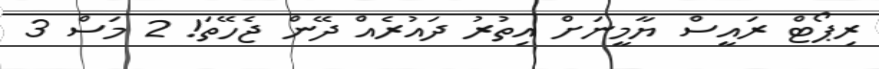
ރިޕޯޓް ރައީސް ޔާމީނަށް އިތުރު ދައުރެއް ދޭން ޖެހޭތަ! 2 މަސް 3